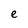
Character: e